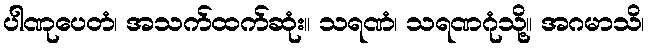
ပါဏုပေတံ၊ အသက်ထက်ဆုံး။ သရဏံ၊ သရဏဂုံသို့။ အဂမာသိ၊